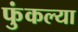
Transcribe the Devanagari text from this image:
फुंकल्या